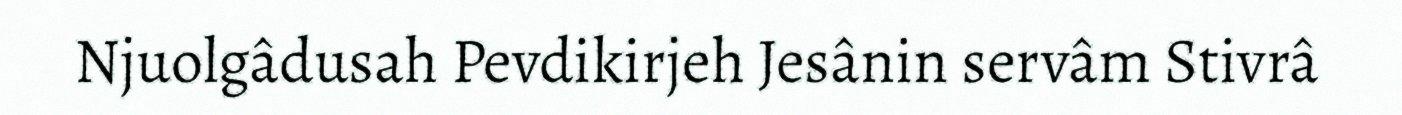
Njuolgâdusah Pevdikirjeh Jesânin servâm Stivrâ